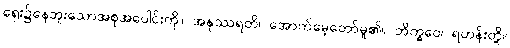
ရှေး၌နေဘူးသောအစုအပေါင်းကို။ အနုဿရတိ၊ အောက်မေ့တော်မူ၏။ ဘိက္ခဝေ၊ ရဟန်းတို့။